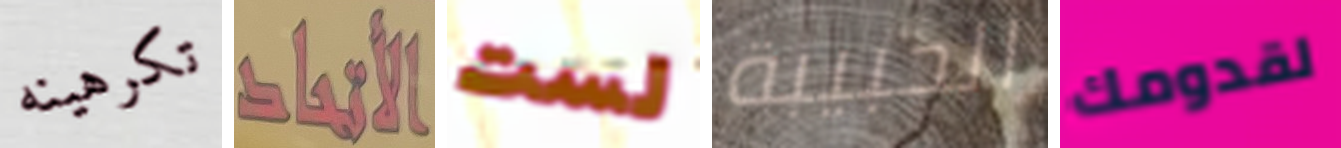
تكرهينه الأتحاد لست الحبيبة لقدومك